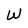
Character: W